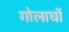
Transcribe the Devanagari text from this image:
गोलार्घो